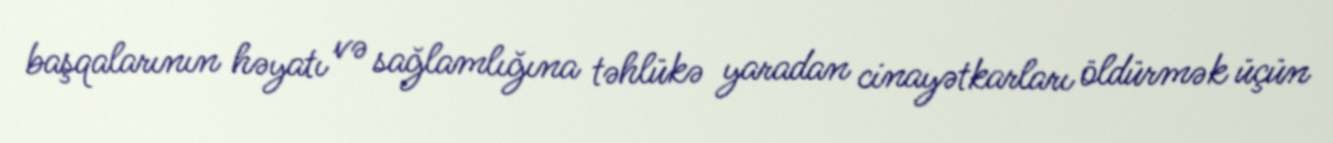
başqalarının həyatı və sağlamlığına təhlükə yaradan cinayətkarları öldürmək üçün